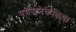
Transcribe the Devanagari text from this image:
पयेजनेकेलिया